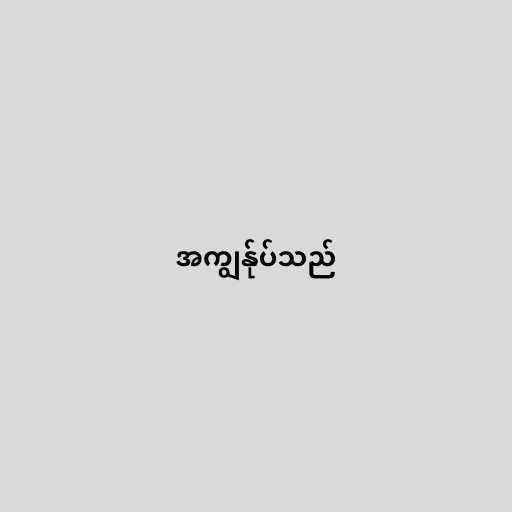
အကျွန်ုပ်သည်